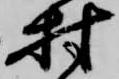
村